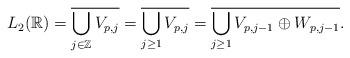
LaTeX: \begin{align*}L_{2}(\mathbb{R}) = \overline{ \bigcup_{j \in \mathbb{Z}} V_{p,j} } = \overline{ \bigcup_{j \geq 1} V_{p,j} } = \overline{ \bigcup_{j \geq 1} V_{p,j-1} \oplus W_{p,j-1} }. \end{align*}